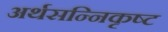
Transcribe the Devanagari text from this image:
अर्थसन्निकृष्ट